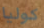
كوليا